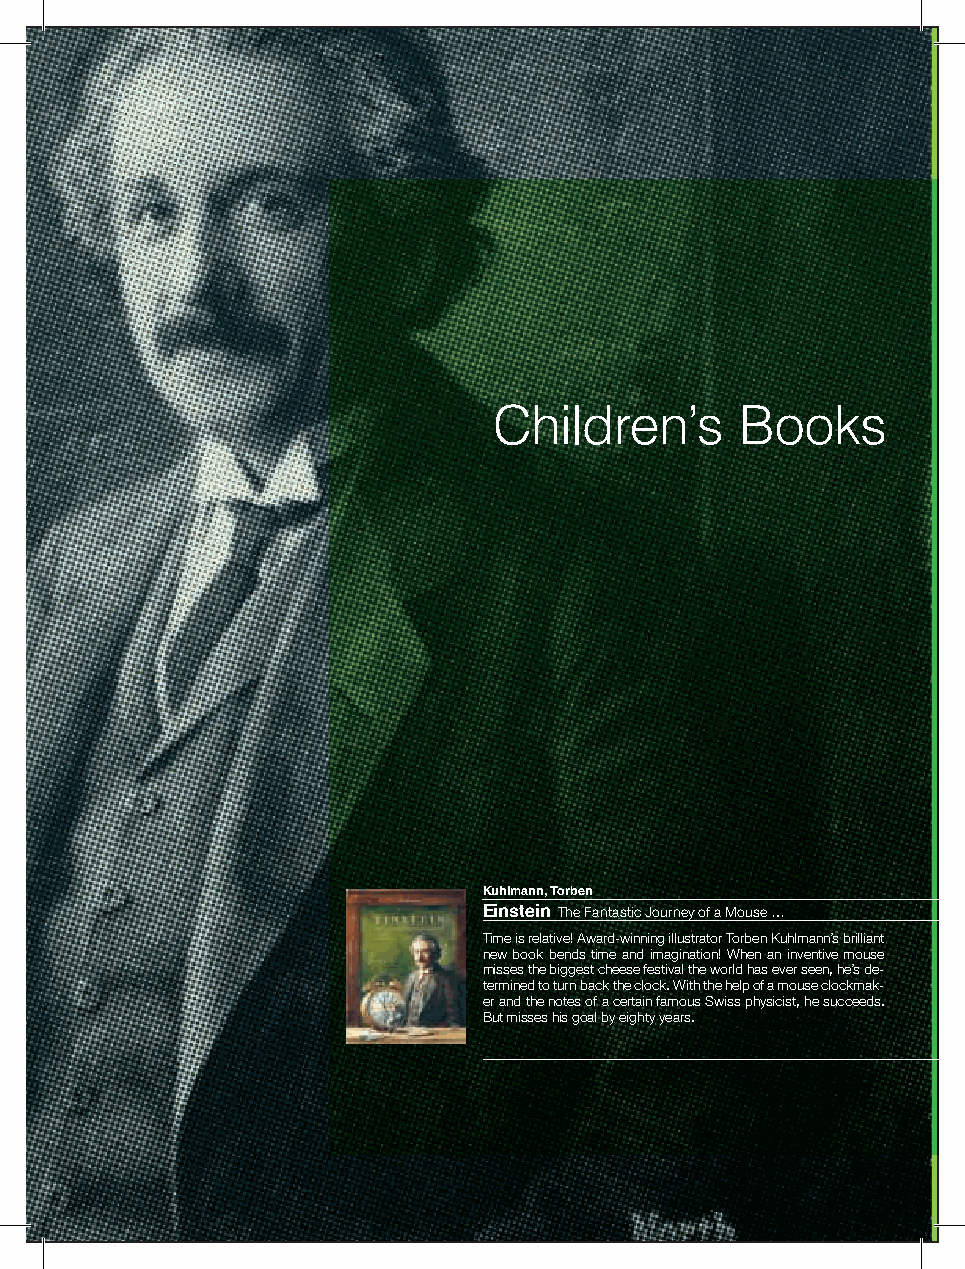
Children’s      Books
 The Pocket Wife A Novel
 In this stylish debut psychological thriller, in the tradition of The
 Silent Wife and Turn of Mind, a woman can’t remember if she
 murdered her best friend during a bipolar breakdown.
 Kuhlmann, Torben
 Einstein The Fantastic Journey of a Mouse …
 Time is relative! Award-winning illustrator Torben Kuhlmann’s brilliant
 new book bends time and imagination! When an inventive mouse
 misses the biggest cheese festival the world has ever seen, he’s de-
 termined to turn back the clock. With the help of a mouse clockmak-
 er and the notes of a certain famous Swiss physicist, he succeeds.
 But misses his goal by eighty years.